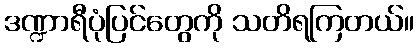
ဒဏ္ဍာရီပုံပြင်တွေကို သတိရကြတယ်။